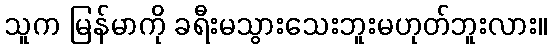
သူက မြန်မာကို ခရီးမသွားသေးဘူးမဟုတ်ဘူးလား။